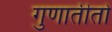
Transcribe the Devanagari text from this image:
गुणातीतो